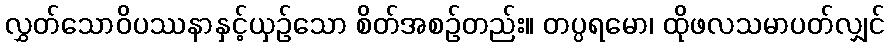
လွှတ်သောဝိပဿနာနှင့်ယှဉ်သော စိတ်အစဉ်တည်း။ တပ္ပရမော၊ ထိုဖလသမာပတ်လျှင်